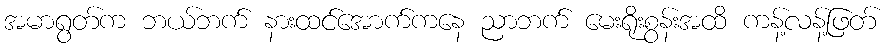
အမာရွတ်က ဘယ်ဘက် နားထင်အောက်ကနေ ညာဘက် မေးရိုးစွန်းအထိ ကန့်လန့်ဖြတ်